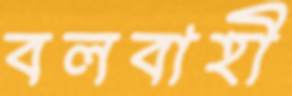
বলবাহী